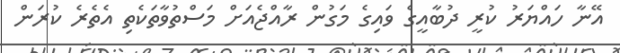
އޭނާ ހައްޔަރު ކުރީ ދުބާއީގެ ވައިގެ މަގުން ރާއްޖެއަށް މަސްތުވާތަކެތި އެތެރެ ކުރަން